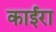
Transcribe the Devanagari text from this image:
काईरा